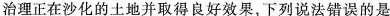
治理正在沙化的土地并取得良好效果，下列说法错误的是